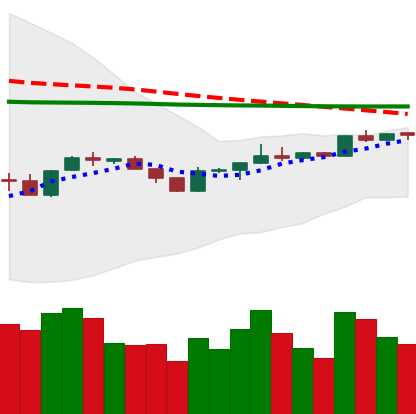
Ticker: BTC-USD
Chart end date: 2020-04-09
Forward return: -6.295%
Label: down_5_7